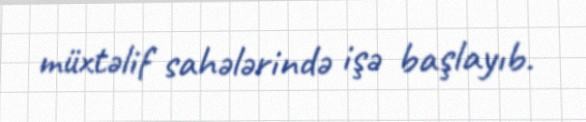
müxtəlif sahələrində işə başlayıb.